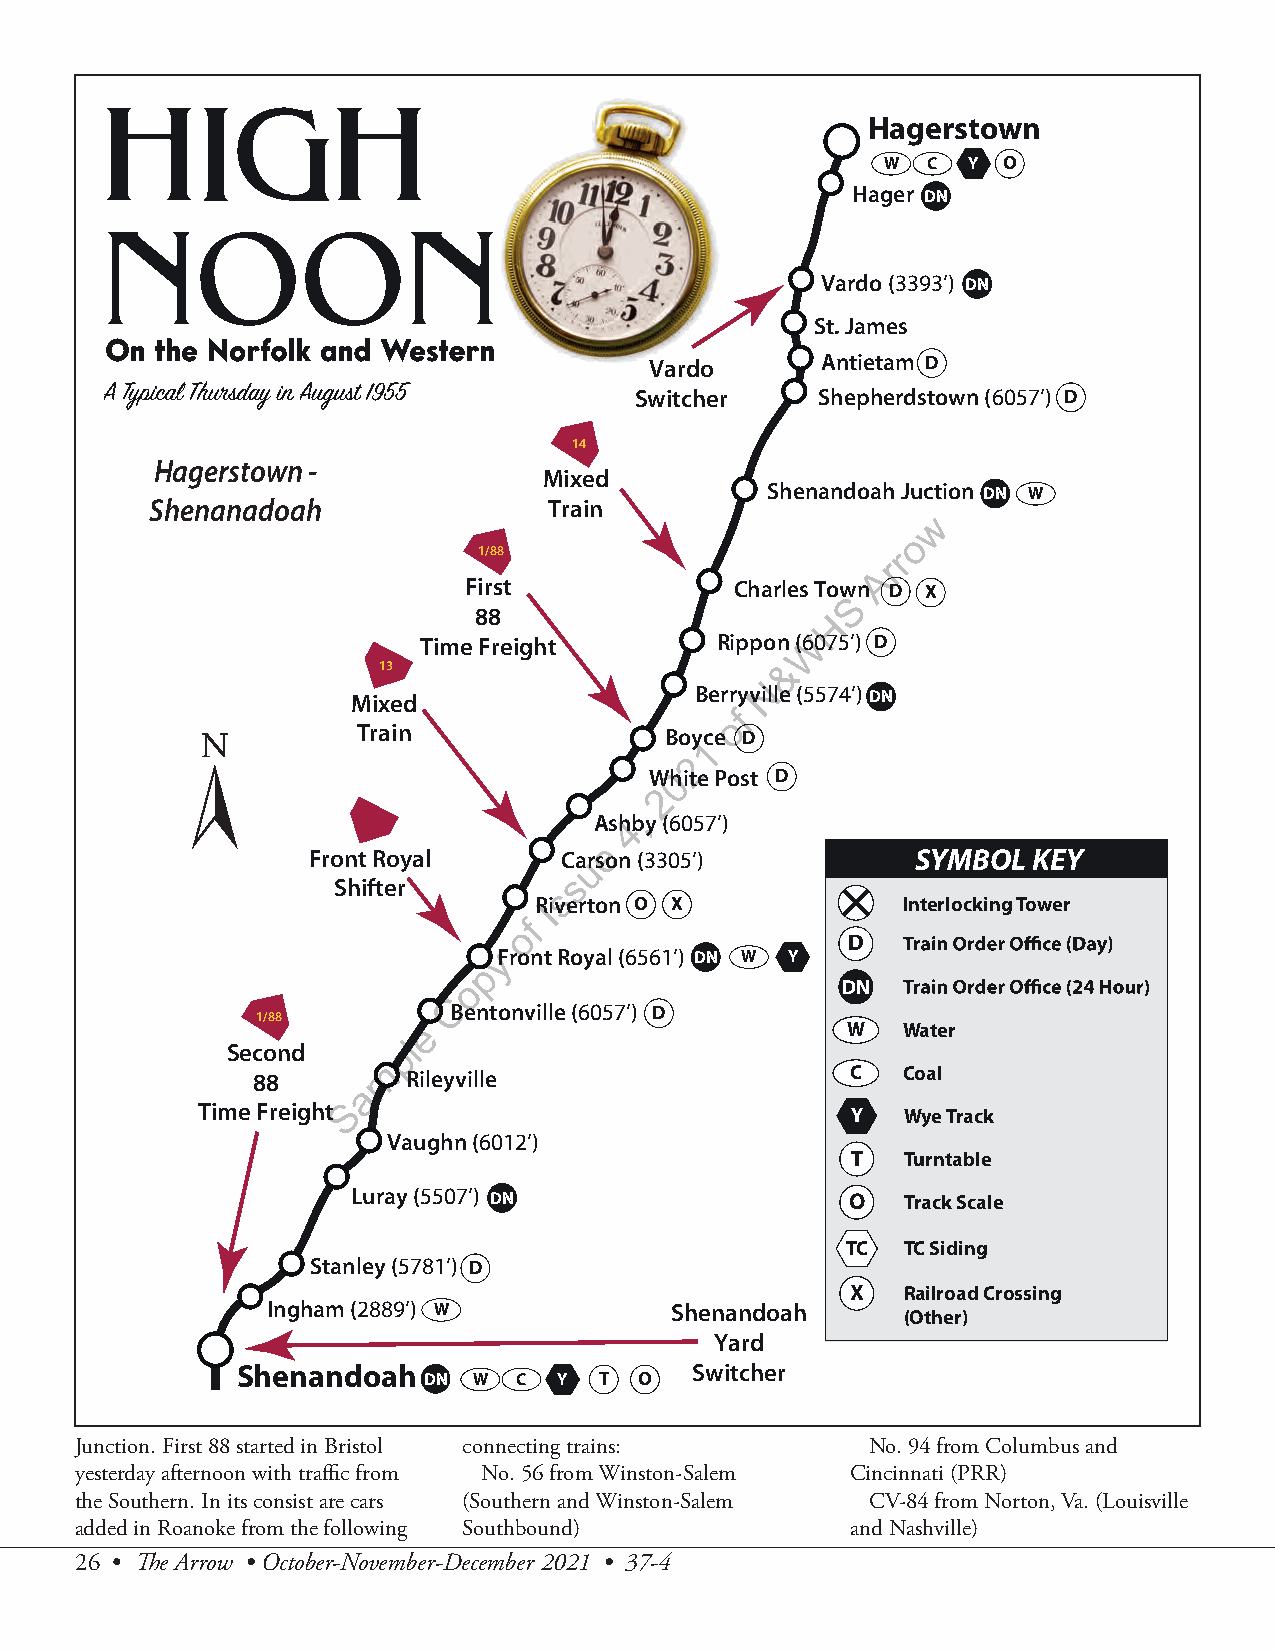
Hagerstown
 W C  Y O
 Hager DN
 Vardo (3393’) DN
 St. James
 Vardo      Antietam D
 Switcher    Shepherdstown (6057’) D
 14
 Hagerstown -
 Mixed
 Shenandoah Juction DN W
 Shenanadoah               Train
 w
 o
 1/88                       r
 r
 A
 First             Charles Tow n D X
 S
 88                      H
 Time Freight       Rippon (6W075’) D
 13                         &
 N
 Mixed                  Berry ville (5574’) DN
 f
 o
 Train               Boyc e D
 1
 2
 Wh0ite Post D
 2
 Ash4,by (6057’)
 e
 Front Royal      Caurson (3305’)         SYMBOL KEY
 s
 Shifter
 s
 RIiverton O X            Interlocking Tower
 f
 o
 D
 yFront Royal (6561’) DN W Y
 p
 o                        DN
 C
 Bentonville (6057’) D
 1/88
 e                           W   Water
 l
 Second     p
 m
 88        Rileyville                   C   Coal
 a
 Time Freight S                             Y   Wye Track
 Vaughn (6012’)
 T   Turntable
 Luray (5507’) DN                 O   Track Scale
 TC  TC Siding
 Stanley (5781’) D
 X   Railroad Crossing
 Ingham (2889’) W          Shenandoah
 (Other)
 Yard
 Shenandoah                    Switcher
 DN W  C  Y  T O
 Junction. First 88 started in Bristol connecting trains: No. 94 from Columbus and
 yesterday afternoon with traffic from No. 56 from Winston-Salem Cincinnati (PRR)
 the Southern. In its consist are cars (Southern and Winston-Salem CV-84 from Norton, Va. (Louisville
 added in Roanoke from the following Southbound)    and Nashville)
 26 • The Arrow • October-November-December 2021 • 37-4